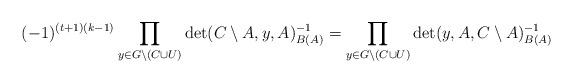
LaTeX: \begin{align*}(-1)^{(t+1)(k-1)} \prod_{y \in G \setminus (C \cup U)} \det(C \setminus A, y, A)^{-1}_{B(A)} = \prod_{y \in G \setminus (C \cup U)} \det(y,A, C \setminus A)^{-1}_{B(A)} \end{align*}